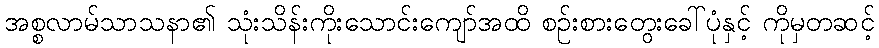
အစ္စလာမ်သာသနာ၏ သုံးသိန်းကိုးသောင်းကျော်အထိ စဉ်းစားတွေးခေါ်ပုံနှင့် ကိုမှတဆင့်